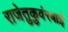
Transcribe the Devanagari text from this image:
राजेतुकुवंरबाई